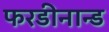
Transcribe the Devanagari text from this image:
फरडीनान्ड